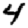
Digit: 4